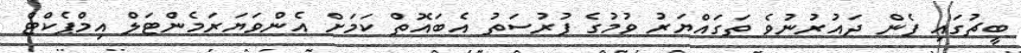
ބީޗުގައި ފެން ދައުރުނުވެ ތަގައްޔަރު ވުމުގެ ފުރުސަތު އެބައޮތް ކަމަށް އެންވަޔަރަމެންޓަލް އިމްޕެކްޓް